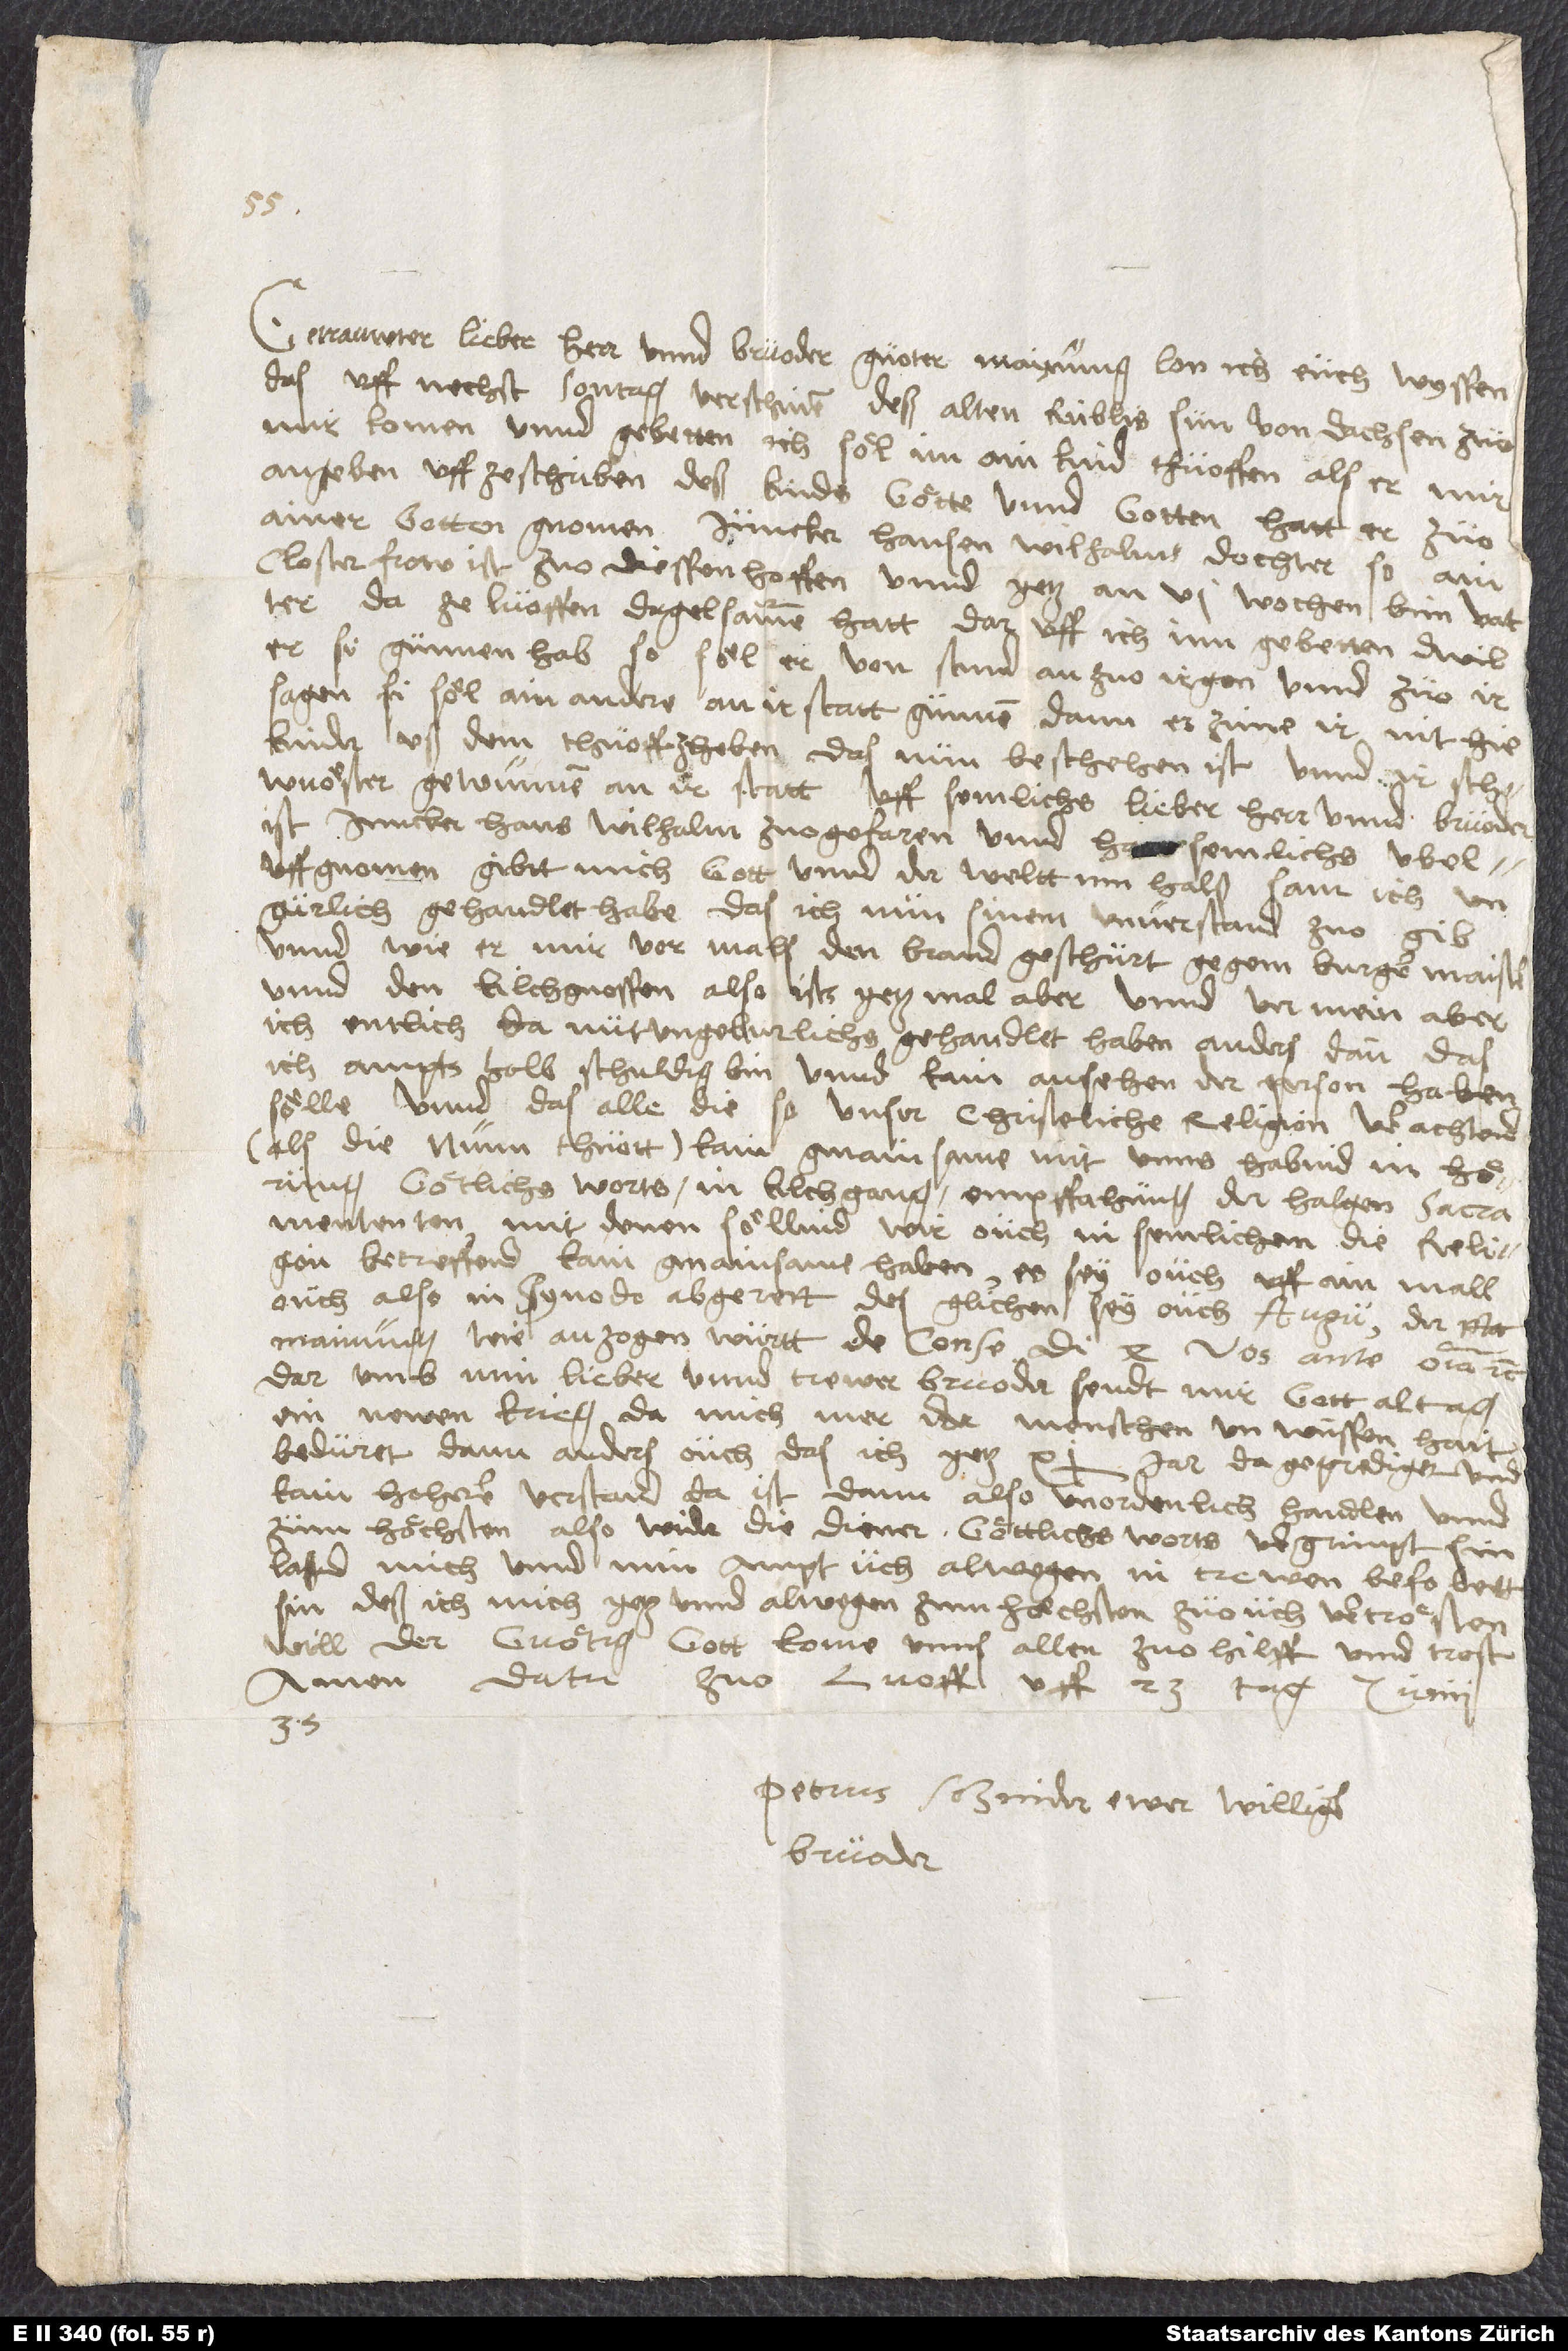
Getrauwter, lieber herr unnd bruoder. Guoter maynung lon ich euch wyssen,
das uff nechst sontag verschinen deß alten Rublis sun von Dachsen zuo
mir komen unnd gebetten, ich söl im ain kind thuoffen. Als er mir
angeben uff ze schriben deß kinds götte unnd gotten, hatt er zuo
ainer gotten gnomen juncker Hansen Wilhalms dochter, so ain
closterfrow ist zuo Diessenhoffen unnd yetz an 6 wochen bim vatter,
da ze Luoffen, degelsamme hatt. Daruff ich inn gebetten, dwil
er si gunnen hab, so söl er von stund an zuo ir gon unnd zuo ir
sagen, si söl ain andere an ir statt gunnen; dann es zime ir nit, hie
kinder uß dem thuoff zheben. Das nun beschehen ist unnd ir schwuöster
gewunnen an ir statt. Uff semlichs, lieber herr unnd bruoder,
Darumb, min lieber unnd trewer bruoder, sendt mir gott altag
ein newen krieg. Da mich der menschen unwüssenhait
beduret, dann anders, ouch das ich yetz 11 jar da geprediget und
kain hoherer verstand da ist, dann also unordenlich handlen unnd
zum höchsten also wider die diener göttlichs worts vergrimpt sin.
Laßend mich unnd min ampt uch alwegen in trewen befolett
sin, deß ich mich yetz und alwegen zum höchsten zuo uch vertrösten
will. Der guötig gott kome unns allen zuo hilf unnd trost.
Amen. Datum zuo Luoffen uff 23. tag junii
35.
Petrus Schnider, ewer williger